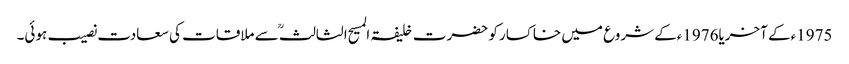
1975ءکے آخریا1976ءکے شروع میں خاکسار کو حضرت خلیفۃ المسیح الثالثؒ سے ملاقات کی سعادت نصیب ہوئی۔